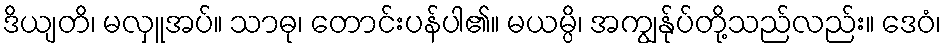
ဒိယျတိ၊ မလှူအပ်။ သာဓု၊ တောင်းပန်ပါ၏။ မယမ္ပိ၊ အကျွန်ုပ်တို့သည်လည်း။ ဒေဝံ၊